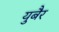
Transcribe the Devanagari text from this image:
युबैर